Document type: Community of property
Year: 1312
Scribe: Pere Amorós
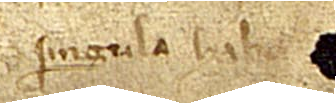
singula habeo